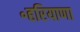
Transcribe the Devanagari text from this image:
॰हरियाणा